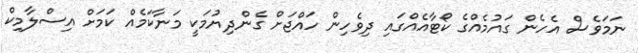
ނަމަވެސް އެހެން ގައުމެއްގެ ކޯޓާއެއްގައި ދިވެހިން ހައްޖަށް ގެންދިޔުމަކީ މަނާކަމެއް ކަމަށް އިސްލާމިކް